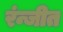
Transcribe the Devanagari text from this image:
रंन्जीत